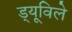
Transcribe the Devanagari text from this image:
ड्यूविले